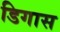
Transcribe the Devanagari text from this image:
डिगास